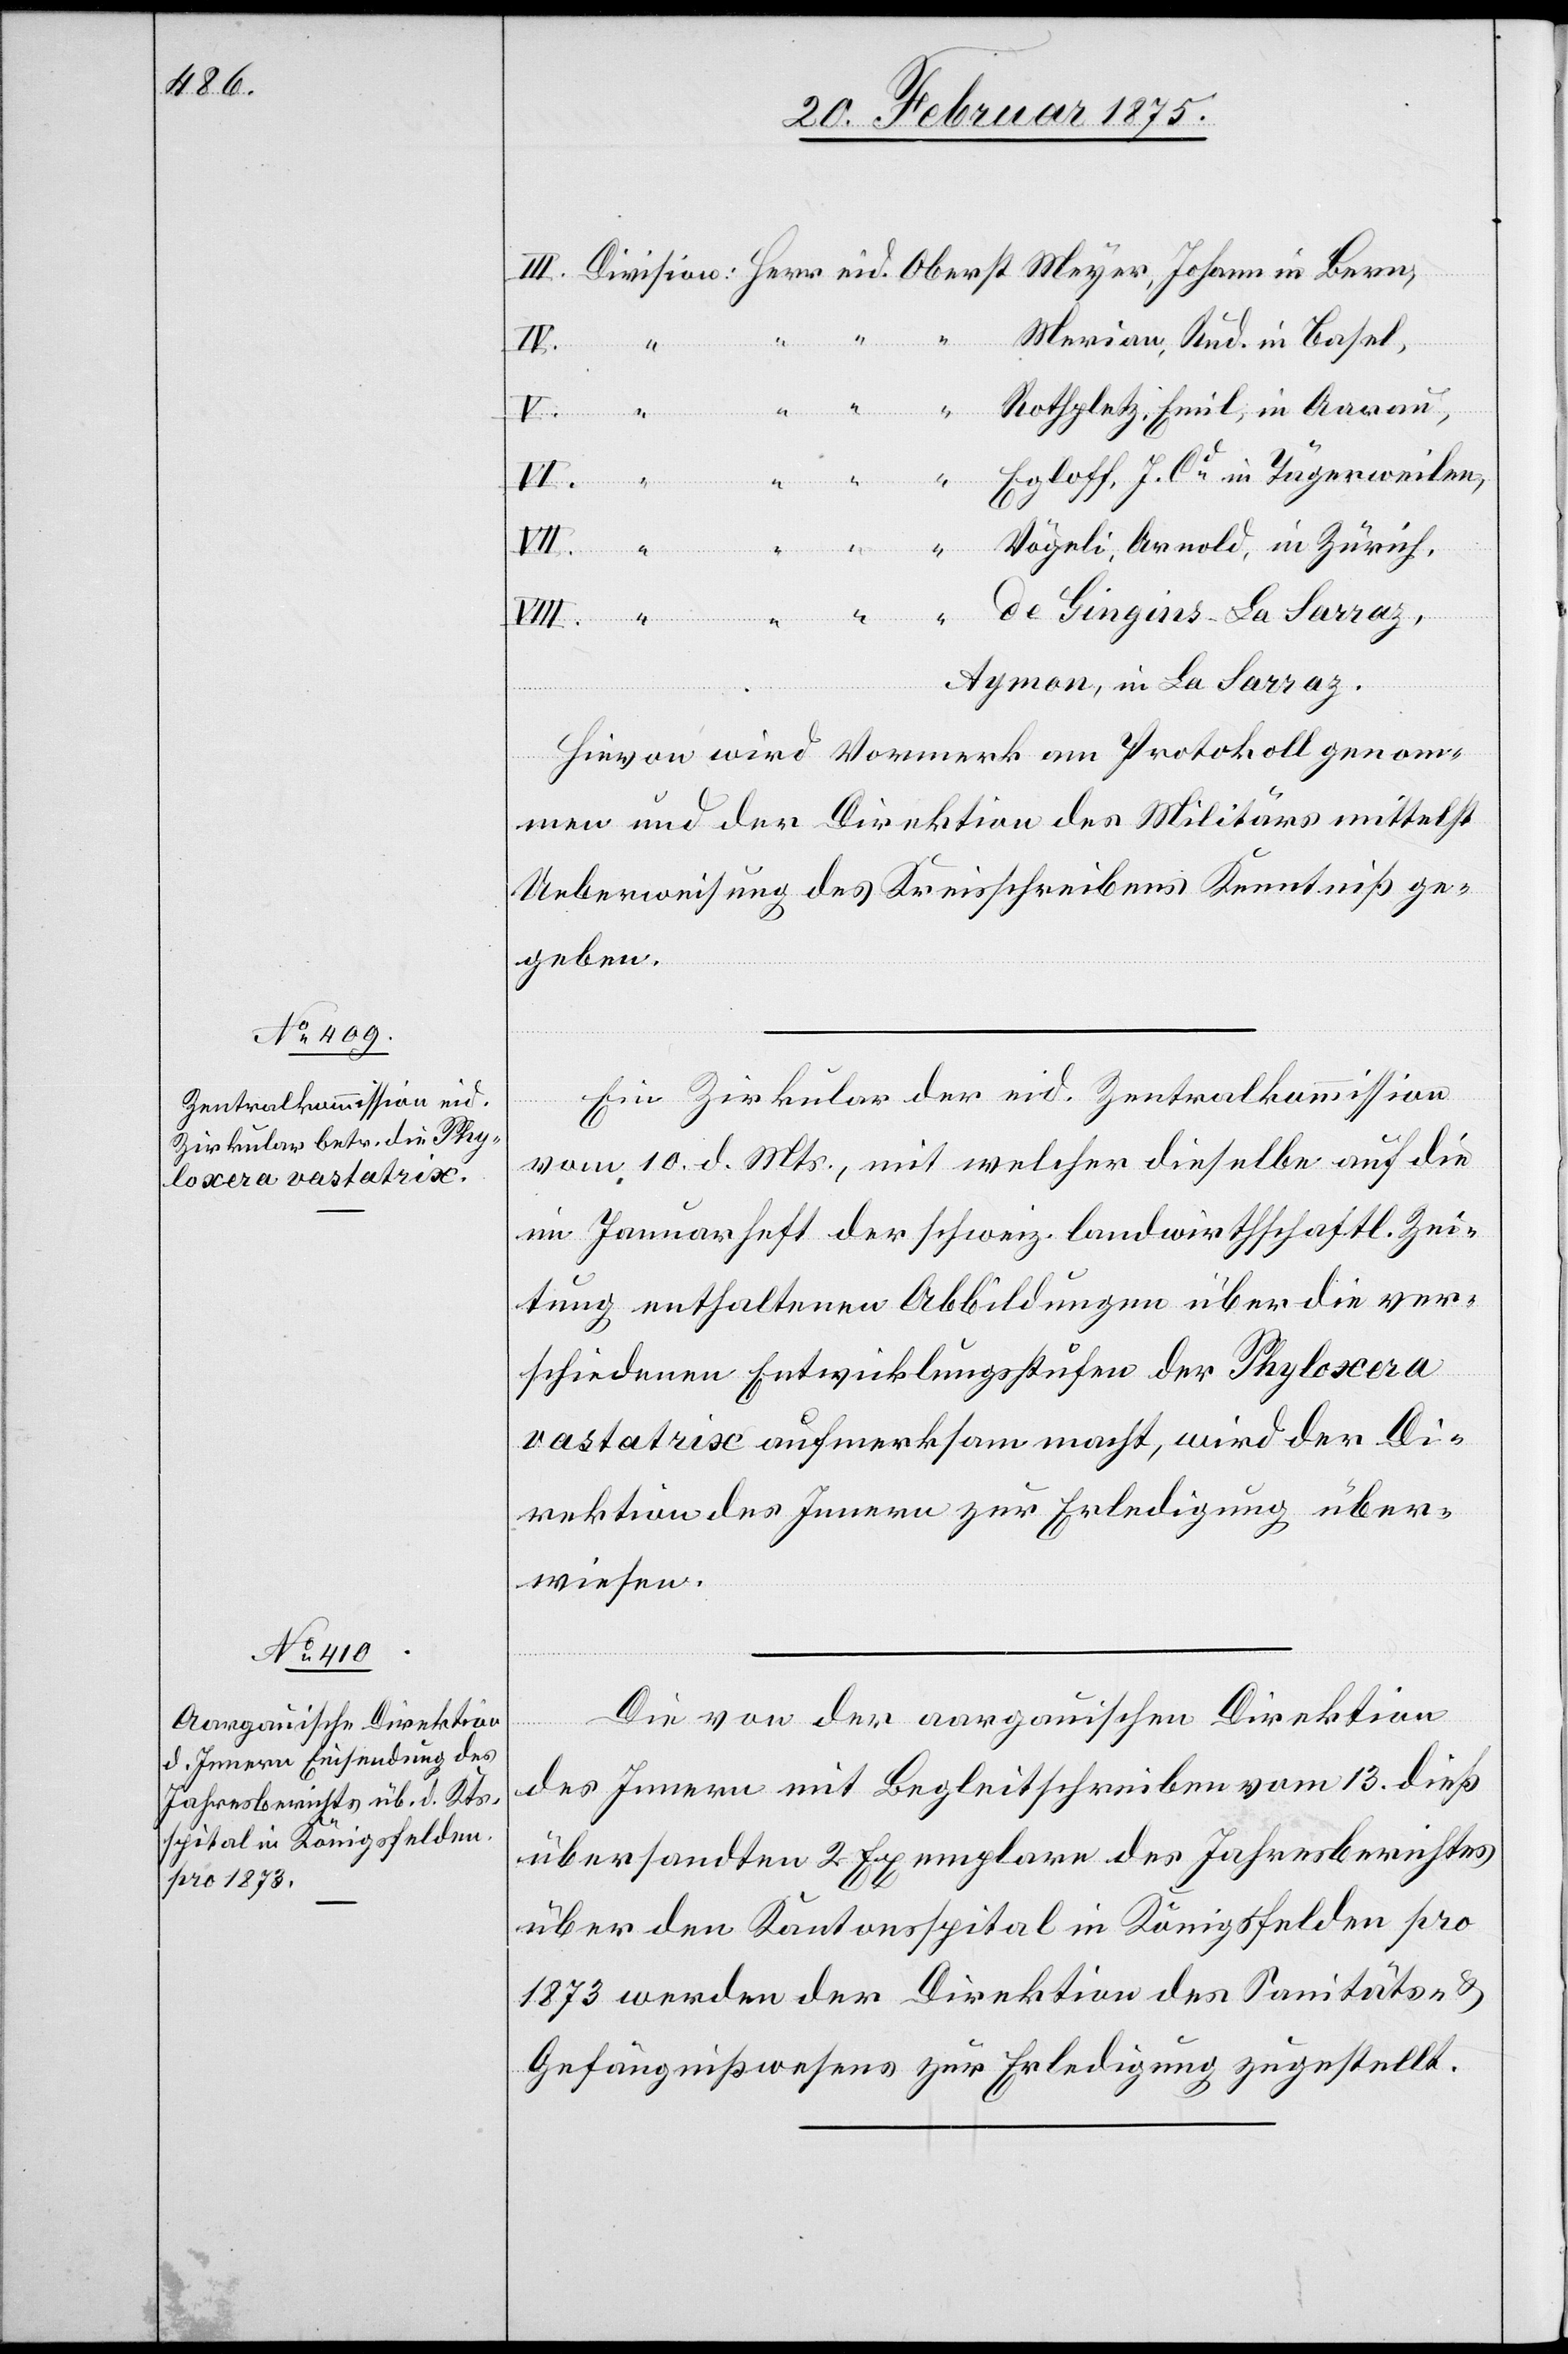
“
de
Merian, Rud. in Basel,
Rothpletz, Emil, in Aargau,
Egloff, J. Cd in Tägerweilen,
Sarraz,
Aymon, in La Sarraz.
Hievon wird Vormerk am Protokoll genom¬
men und der Direktion des Militärs mittelst
Ueberweisung des Kreisschreibens Kenntniß ge¬
geben.
Ein Zirkular der eid. Zentralkommission
vom 10. d. Mts., mit welcher dieselbe auf die
im Januarheft der schweiz. landwirthschaftl. Zei¬
tung enthaltenen Abbildungen über die ver¬
V.
schiedenen Entwicklungsstufen der Phyloxera
vastatrix aufmerksam macht, wird der Di¬
rektion des Innern zur Erledigung über¬
wiesen.
Die von der aargauischen Direktion
des Innern mit Begleitschreiben vom 13. dieß
übersandten 2 Exemplare des Jahresberichtes
über den Kantonsspital in Königsfelden pro
1873 werden der Direktion des Sanitäts- u.
Gefängnißwesens zur Erledigung zugestellt.